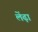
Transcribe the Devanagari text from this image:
लेंढ़ा